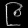
Digit: ၉